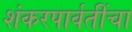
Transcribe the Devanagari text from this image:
शंकरपार्वतींचा